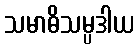
သမာဓိသမ္ပဒါယ